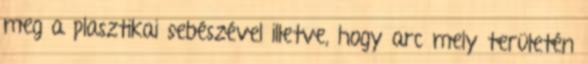
meg a plasztikai sebészével illetve, hogy arc mely területén